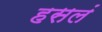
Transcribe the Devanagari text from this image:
हसलं